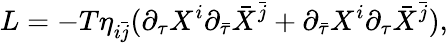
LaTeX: L=-T\eta_{i\bar{j}}({\partial}_{\tau}X^{i}{\partial}_{\bar{\tau}}{\bar{X}}^{\bar{j}}+{\partial}_{\bar{\tau}}X^{i}{\partial}_{\tau}{\bar{X}}^{\bar{j}}),